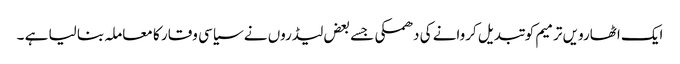
ایک اٹھارویں ترمیم کو تبدیل کروانے کی دھمکی جسے بعض لیڈروں نے سیاسی وقار کا معاملہ بنا لیا ہے ۔